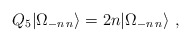
\begin{align*}Q_{5}|\Omega_{-n \, n}\rangle=2n|\Omega_{-n \, n }\rangle \ ,\end{align*}